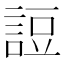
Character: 䛠